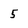
Character: 5